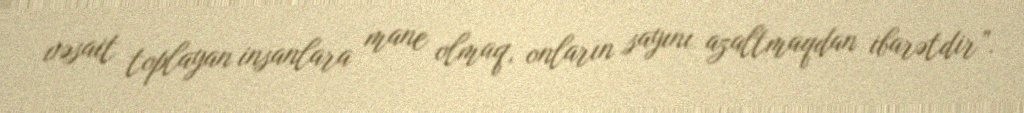
vəsait toplayan insanlara mane olmaq, onların sayını azaltmaqdan ibarətdir”.